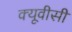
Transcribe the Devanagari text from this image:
क्यूवीसी